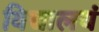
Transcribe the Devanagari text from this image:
विद्यालयं